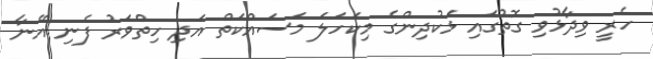
ހެރީ ވިދާޅުވި ގޮތުގައި ޅަކުދިންގެ މިކަހަލަ މަސައްކަތް އަދި ހިތްވަރު ފެނި އޭނާ